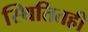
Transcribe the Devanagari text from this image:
स्थितितही